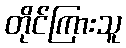
တိုင်ကြားသူ